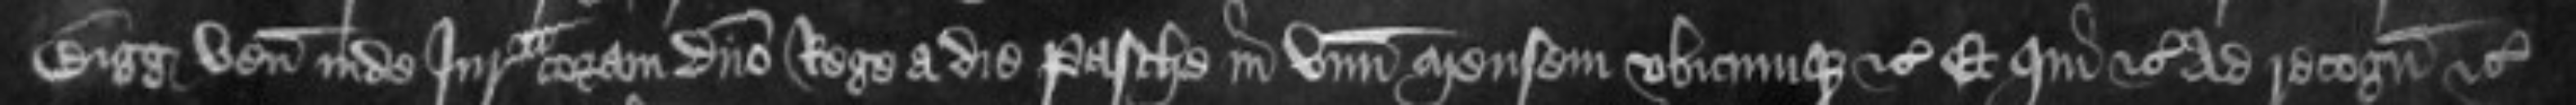
Bigg veniat inde Iurata coram domino Rege a die Pasche in unum mensem ubicumque etc Et qui etc ad recognoscendum etc